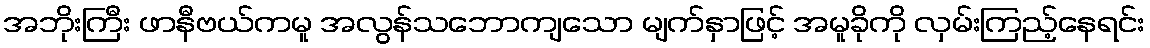
အဘိုးကြီး ဖာနီဗယ်ကမူ အလွန်သဘောကျသော မျက်နှာဖြင့် အမူခိုကို လှမ်းကြည့်နေရင်း